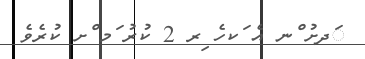
ަދށު ްނ އެ ަކހެ ިރ 2 ކުރު ަމ ްށ ކުރެވެ